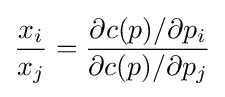
{\frac {x_{i}}{x_{j}}}={\frac {\partial c(p)/\partial p_{i}}{\partial c(p)/\partial p_{j}}}